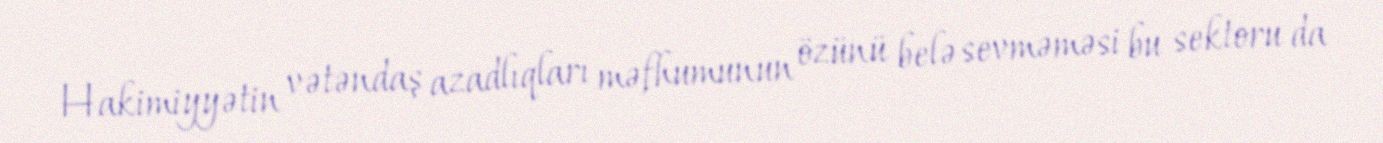
Hakimiyyətin vətəndaş azadlıqları məfhumunun özünü belə sevməməsi bu sektoru da